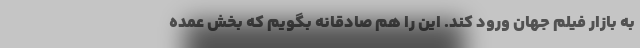
به بازار فیلم جهان ورود کند. این را هم صادقانه بگویم که بخش عمده